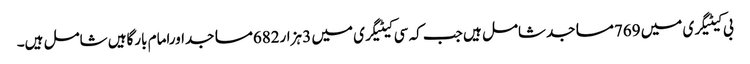
بی کیٹیگری میں 769مساجدشامل ہیں جب کہ سی کیٹیگری میں 3 ہزار682مساجداورامام بارگاہیں شامل ہیں۔